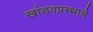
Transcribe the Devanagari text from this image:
खांडवप्रस्थाचे